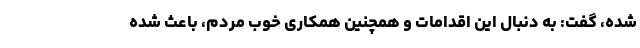
شده، گفت: به دنبال این اقدامات و همچنین همکاری خوب مردم، باعث شده